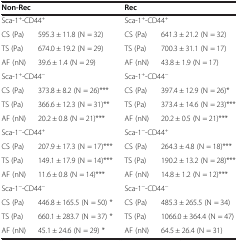
<table><thead><tr><td colspan="2"><b>Non-Rec</b></td><td colspan="2"><b>Rec</b></td></tr></thead><tbody><tr><td colspan="2">Sca-1<sup>+</sup>-CD44<sup>+</sup></td><td colspan="2">Sca-1<sup>+</sup>-CD44<sup>+</sup></td></tr><tr><td>CS (Pa)</td><td>595.3 ± 11.8 (N = 32)</td><td>CS (Pa)</td><td>641.3 ± 21.2 (N = 32)</td></tr><tr><td>TS (Pa)</td><td>674.0 ± 19.2 (N = 29)</td><td>TS (Pa)</td><td>700.3 ± 31.1 (N = 17)</td></tr><tr><td>AF (nN)</td><td>39.6 ± 1.4 (N = 29)</td><td>AF (nN)</td><td>43.8 ± 1.9 (N = 17)</td></tr><tr><td colspan="2">Sca-1<sup>+</sup>-CD44<sup>-</sup></td><td colspan="2">Sca-1<sup>+</sup>-CD44<sup>-</sup></td></tr><tr><td>CS (Pa)</td><td>373.8 ± 8.2 (N = 26)***</td><td>CS (Pa)</td><td>397.4 ± 12.9 (N = 26)*</td></tr><tr><td>TS (Pa)</td><td>366.6 ± 12.3 (N = 31)**</td><td>TS (Pa)</td><td>373.4 ± 14.6 (N = 23)***</td></tr><tr><td>AF (nN)</td><td>20.2 ± 0.8 (N = 21)***</td><td>AF (nN)</td><td>20.2 ± 0.5 (N = 21)***</td></tr><tr><td colspan="2">Sca-1<sup>-</sup>-CD44<sup>+</sup></td><td colspan="2">Sca-1<sup>-</sup>-CD44<sup>+</sup></td></tr><tr><td>CS (Pa)</td><td>207.9 ± 17.3 (N = 17)***</td><td>CS (Pa)</td><td>264.3 ± 4.8 (N = 18)***</td></tr><tr><td>TS (Pa)</td><td>149.1 ± 17.9 (N = 14)***</td><td>TS (Pa)</td><td>190.2 ± 13.2 (N = 28)***</td></tr><tr><td>AF (nN)</td><td>11.6 ± 0.8 (N = 14)***</td><td>AF (nN)</td><td>14.8 ± 1.2 (N = 12)***</td></tr><tr><td colspan="2">Sca-1<sup>-</sup>-CD44<sup>-</sup></td><td colspan="2">Sca-1<sup>-</sup>-CD44<sup>-</sup></td></tr><tr><td>CS (Pa)</td><td>446.8 ± 165.5 (N = 50) *</td><td>CS (Pa)</td><td>485.3 ± 265.5 (N = 34)</td></tr><tr><td>TS (Pa)</td><td>660.1 ± 283.7 (N = 37) *</td><td>TS (Pa)</td><td>1066.0 ± 364.4 (N = 47)</td></tr><tr><td>AF (nN)</td><td>45.1 ± 24.6 (N = 29) *</td><td>AF (nN)</td><td>64.5 ± 26.4 (N = 31)</td></tr></tbody></table>